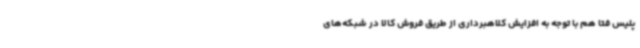
پلیس فتا هم با توجه به افزایش کلاهبرداری از طریق فروش کالا در شبکه‌های